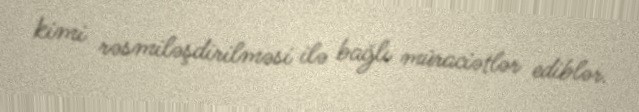
kimi rəsmiləşdirilməsi ilə bağlı müraciətlər ediblər.